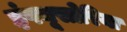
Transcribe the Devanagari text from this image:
इंफ्यूसोरिया